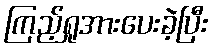
ကြည့်ရှုအားပေးခဲ့ပြီး